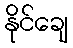
နိုင်ချေ